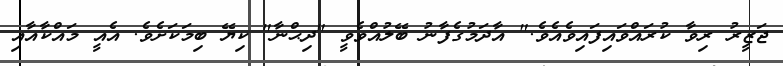
ޖަޒީރު ރިވާ ކުރައްވައިފައިވެއެވެ." އާދަމުގެފާނު ބޭލުއްވެވީ "ދިޙްނާ" ކިޔޭ ބިމަކަށެވެ. އެއީ މައްކާއާއި